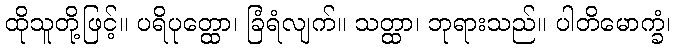
ထိုသူတို့ဖြင့်။ ပရိပုတ္ထော၊ ခြံရံလျက်။ သတ္ထာ၊ ဘုရားသည်။ ပါတိမောက္ခံ၊